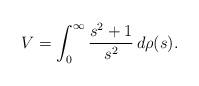
LaTeX: \begin{align*} V=\int_0^\infty\frac{s^2+1}{s^2}\,d\rho(s).\end{align*}